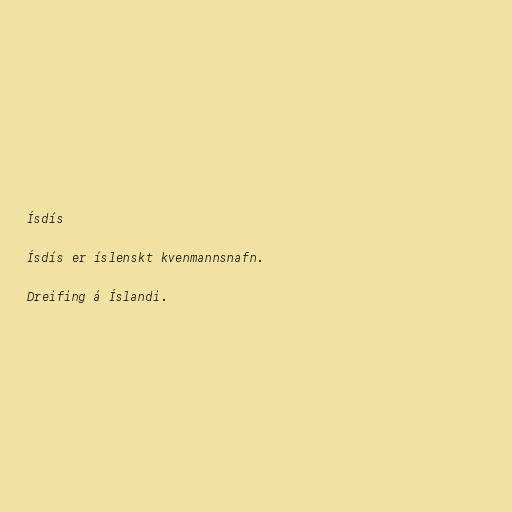
Ísdís

Ísdís er íslenskt kvenmannsnafn.

Dreifing á Íslandi.